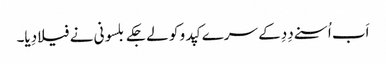
اَب اُسنے دِدِ کے سرے کپدو کو لے جکے بلسونی نے فیلا دِیا۔